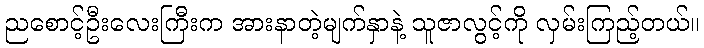
ညစောင့်ဦးလေးကြီးက အားနာတဲ့မျက်နှာနဲ့ သူဇာလွင့်ကို လှမ်းကြည့်တယ်။